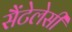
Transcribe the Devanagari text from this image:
सैंटेलेसी